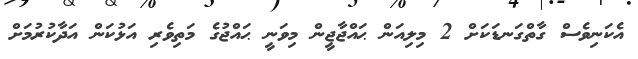
އެކަނިވެސް ގާތްގަނޑަކަށް 2 މިލިއަން ޙައްޖާޖީން މިވަނީ ޙައްޖުގެ މަތިވެރި އަޅުކަން އަދާކުރުމަށް